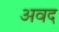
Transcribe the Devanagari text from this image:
अवद